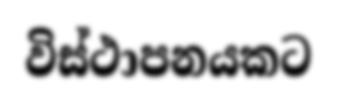
විස්ථාපනයකට